Annual statistical returns and brief notes on vaccination in Bengal - 1909-1929
Year: 1909
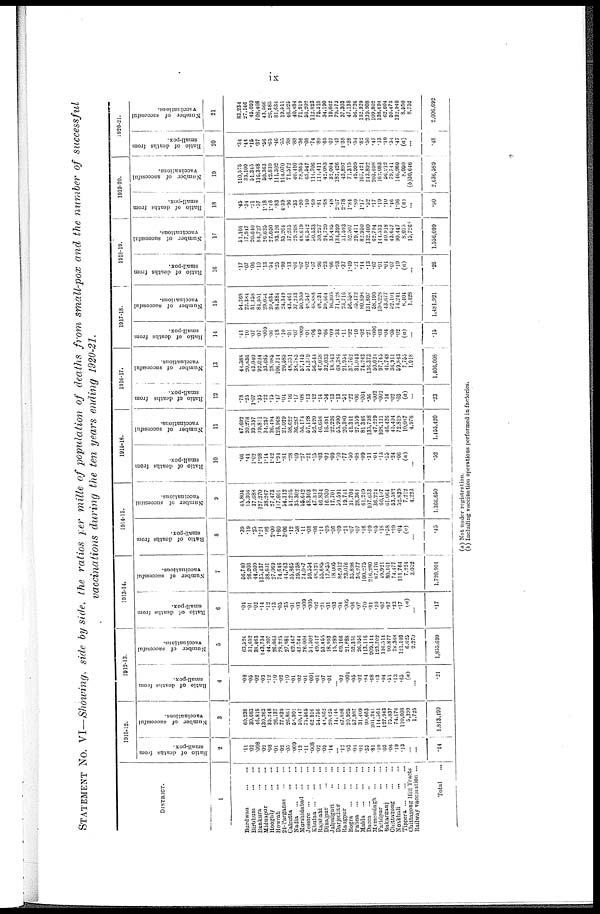
ix
STATEMENT No. VI—Showing, side by side, the ratios per mille of population of deaths from small-pox and the number of successful
vaccinations during the ten years ending 1920-21.
DISTRICT.
1
Burdwan
...
...
Birbhum
...
...
Bankura
...
...
Midnapur
...
...
Hooghly
...
...
Howrah
...
...
24-Parganas
...
...
Calcutta
...
...
Nadia
...
...
...
Murshidabad
...
...
Jessore ...
...
...
Khulna ... ...
...
Rajshahi
...
...
Dinajpur
...
...
Jalpaiguri
..
...
Darjeeling
...
...
Rangpur
...
...
Bogra
...
...
...
Pabna ...
...
...
Malda
...
...
...
Dacca
...
..
...
Mymensingh
...
...
Faridpur
...
...
Bakarganj
...
...
Chittagong
...
...
Noakhali
...
...
Tippera
...
...
...
Chittagong Hill Tracts
Railway vaccination ...
Total
...
1911-12.
Ratio of deaths from
small-pox.
2
.11
.03
.008
.02
.08
.01
.02
.05
.009
.13
.11
.008
.02
.09
.14
...
.12
.03
.04
.01
.35
.81
.10
.03
.06
.19
.13
...
...
.14
Number of successful
vaccinations.
3
60,238
30,683
46,818
130,263
39,248
26,137
77,839
26,861
58,901
50,147
75,565
62,916
54,756
48,862
20,425
14,146
67,898
20,925
57,987
31,409
99,663
201,241
114,561
127,943
75,837
74,176
110,608
5,399
1,725
1,813,490
1912-13.
Ratio of deaths from
small-pox.
4
.08
.05
.02
.03
.12
.10
.02
.10
.01
.02
.01
.001
.01
.07
.01
...
.02
.004
.05
.02
.84
.68
.13
.04
.51
.13
.65
(a)
...
.21
Number of successful
vaccinations.
5
63,524
31,652
38,463
143,734
44,207
26,063
78,225
27,981
62,467
42,344
76,008
51,502
49,617
53,455
18,993
15,289
69,166
21,888
52,351
26,956
113,116
209,144
123,702
116,514
90,877
78,368
121,193
6,625
2,270
1,855,699
1913-14.
Ratio of deaths from
small-pox.
6
.04
.01
.02
.14
.12
.13
.05
.35
.01
.03
.009
.005
.02
.21
.01
.03
.04
.005
.06
.07
.70
.31
.10
.07
.97
.23
.17
(a)
...
.17
Number of successful
vaccinations.
7
56,740
26,203
44,609
135,437
38,601
27,069
74,646
44,763
55,865
39,258
74,087
59,554
48,121
55,685
17,855
18,005
84,912
23,076
35,898
30,277
100,275
216,280
87,176
49,921
80,161
74,477
111,764
7,224
3,052
1,720,991
1914-15.
Ratio of deaths from
small-pox.
8
.39
.19
.25
1.21
.96
2.00
1.60
3.06
.12
.58
.11
.03
.06
.11
.09
.06
.09
.21
.07
.07
.16
.09
.05
.18
1.58
.29
.04
(a)
.45
Number of successful
vaccinations.
9
45,804
15,306
37,688
127,270
38,267
27,473
117,601
54,312
51,295
35,302
55,642
48,303
47,342
46,834
16,930
17,701
59,591
19,741
31,704
28,361
61,249
107,633
36,224
60,107
61,064
53,582
52,839
7,212
4,223
1,366,650
1915-16.
Ratio of deaths from
small-pox.
10
.66
.41
1.02
1.98
1.14
1.42
1.94
.81
.28
.49
.27
.21
.15
.03
.02
.09
.10
.77
.50
.08
.09
.31
.04
.13
.55
.24
.06
(a)
...
.52
Number of successful
vaccinations.
11
47,602
20,278
39,397
99,811
34,257
26,494
123,968
21,029
58,622
36,287
56,174
57,128
52,420
46,658
16,481
22,226
55,900
20,380
41,341
27,359
81,346
135,798
47,229
108,121
46,426
45,404
72,819
10,087
4,978
1,455,420
1916-17.
Ratio of deaths from
small-pox.
12
.78
.25
1.07
.35
.22
.15
.47
.04
.16
.17
.08
.13
.12
.14
.54
.13
.13
.51
.22
.06
.004
.36
.002
.002
.14
.02
.03
(a)
...
.23
Number of successful
vaccinations.
13
44,588
20,836
43,040
92,034
33,685
28,985
106,714
20,585
48,351
38,785
57,145
51,379
56,544
47,058
32,033
18,543
68,384
21,954
37,762
31,043
74,243
136,373
50,024
97,745
41,748
36,911
59,843
7,755
1,918
1,406,008
1917-18.
Ratio of deaths from
small-pox.
14
.41
.10
.07
.07
.009
.06
.18
.10
.01
.07
.009
.01
.06
.49
.66
.09
.33
.11
.92
.10
.02
.21
.006
.03
.04
.05
.02
(a)
...
.15
Number of successful
vaccinations.
15
54,268
22,384
31,358
84,551
29,054
29,634
84,884
24,349
43,461
37,233
50.959
48,547
48,888
48,234
59,664
16,305
71,428
23,716
56,558
35,472
80,898
131,807
58,190
130,228
43,677
52,101
74,241
8,404
1,428
1,481,921
1918-19.
Ratio of deaths from
small-pox.
16
.17
.07
.06
.10
.13
.54
.25
.99
.13
.01
.07
.02
.07
.96
.23
.66
.93
.37
1.49
.21
.14
.13
.07
.01
.01
.07
.19
(a)
...
.26
Number of successful
vaccinations.
17
51,101
17,947
20,640
84,727
26,625
27,650
93,126
35,204
37,235
29,208
48,619
46,542
50,533
59,257
24,720
33,495
134,399
31,593
52,507
29,471
82,950
132,400
62,794
144,533
40,918
43,657
90,447
8,075
15,726
1,556,099
1919-20.
Ratio of deaths from
small-pox.
18
.45
.34
.21
.57
1.18
1.48
.83
4.39
.96
.33
.20
.10
.69
.81
.68
.48
2.67
2.78
1.84
.89
1.17
.52
.17
.19
.10
.46
1.06
(a)
...
.90
Number of successful
vaccinations.
19
110,575
33,109
51,345
116,348
50,363
42,839
111,302
114,070
71,572
40,410
78,865
63,547
114,706
111,411
42,083
32,004
187,426
43,897
71,315
49,999
167,421
243,892
203,698
162,083
56,912
79,741
146,960
8,050
(b)30,646
2,636,589
1920-21.
Ratio of deaths from
small-pox.
20
.34
.44
.15
.37
.56
.65
.46
.55
.38
.88
.36
.08
.74
.89
.65
.07
.43
1.38
.28
.54
.82
.50
.47
.13
.10
.34
.47
(a)
...
.48
Number of successful
vaccinations.
21
83,234
27,146
45,093
108,408
43,566
26,585
81,634
19,511
46,325
40,484
71,919
56,202
112,823
75,518
34,190
19,662
79,573
37,303
47,138
56,726
132,929
239,908
109,802
138,694
62,604
59,473
132,940
8,550
8,752
2,006,692
(a) Not under registration.
(b) Including vaccination operations performed in factories.